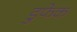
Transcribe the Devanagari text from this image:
डुफेक